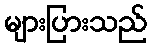
များပြားသည်